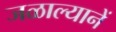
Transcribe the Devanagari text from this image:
जळाल्यानें